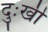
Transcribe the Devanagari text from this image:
दुःखीं